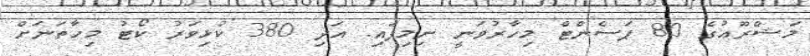
މަޝްރޫޢުގެ 80 ޕަސެންޓް މިހާރުވަނީ ނިމިފައި. އަދި 380 ކުޅިވަރު ކޯޓު މިހާތަނަށް